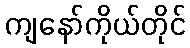
ကျနော်ကိုယ်တိုင်